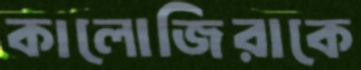
কালোজিরাকে